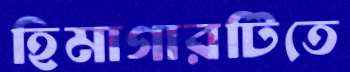
হিমাগারটিতে